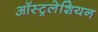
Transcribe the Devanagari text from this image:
ऑस्ट्रलेशियन